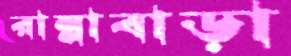
রান্নাবাড়া